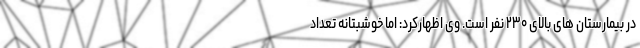
در بیمارستان های بالای ۲۳۰ نفر است. وی اظهارکرد: اما خوشبتانه تعداد